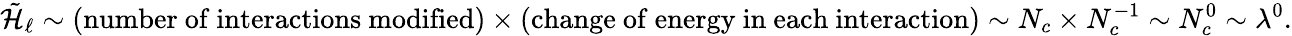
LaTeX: \tilde{\cal H}_{\ell}\sim(\mathrm{number~of~interactions~modified})\times(\mathrm{change~of~energy~in~each~interaction})\sim N_{c}\times N_{c}^{-1}\sim N_{c}^{0}\sim\lambda^{0}.